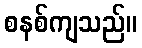
စနစ်ကျသည်။